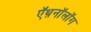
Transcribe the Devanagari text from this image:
ऍथ़नॉलॉग